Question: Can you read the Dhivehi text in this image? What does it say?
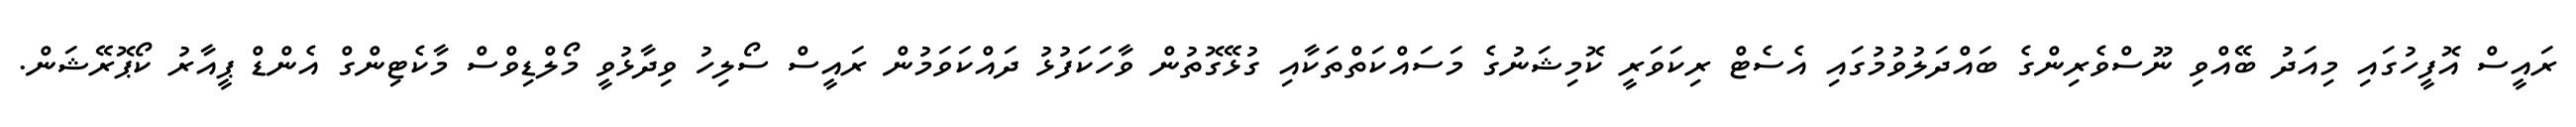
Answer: ރައީސް އޮފީހުގައި މިއަދު ބޭއްވި ނޫސްވެރިންގެ ބައްދަލުވުމުގައި އެސެޓް ރިކަވަރީ ކޮމިޝަނުގެ މަސައްކަތްތަކާއި ގުޅޭގޮތުން ވާހަކަފުޅު ދައްކަވަމުން ރައީސް ސޯލިހު ވިދާޅުވީ މޯލްޑިވްސް މާކެޓިންގް އެންޑް ޕީއާރު ކޯޕޮރޭޝަން.